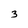
Character: 3